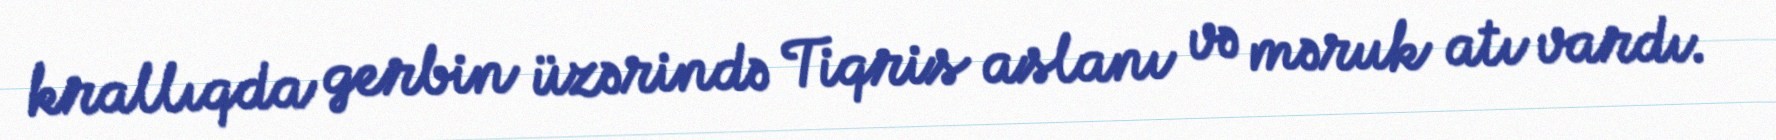
krallıqda gerbin üzərində Tiqris aslanı və məruk atı vardı.